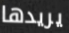
يريدها